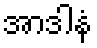
အာဒါနံ